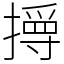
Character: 㩊